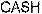
CASH